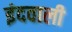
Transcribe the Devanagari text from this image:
इंदवाली